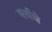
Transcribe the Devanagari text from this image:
पर्थचे